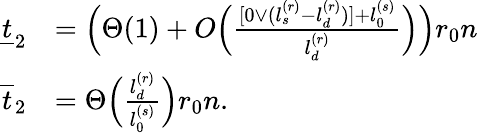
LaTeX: \begin{array}{rl}{\underline{{t}}_{2}}&{=\Big(\Theta(1)+O\Big(\frac{[0\vee(l_{s}^{(r)}-l_{d}^{(r)})]+l_{0}^{(s)}}{l_{d}^{(r)}}\Big)\Big)r_{0}n}\\ {\overline{{t}}_{2}}&{=\Theta\Big(\frac{l_{d}^{(r)}}{l_{0}^{(s)}}\Big)r_{0}n.}\end{array}